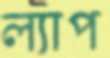
ল্যাপ